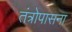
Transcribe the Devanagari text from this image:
तंत्रोपासना